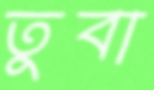
তুবা